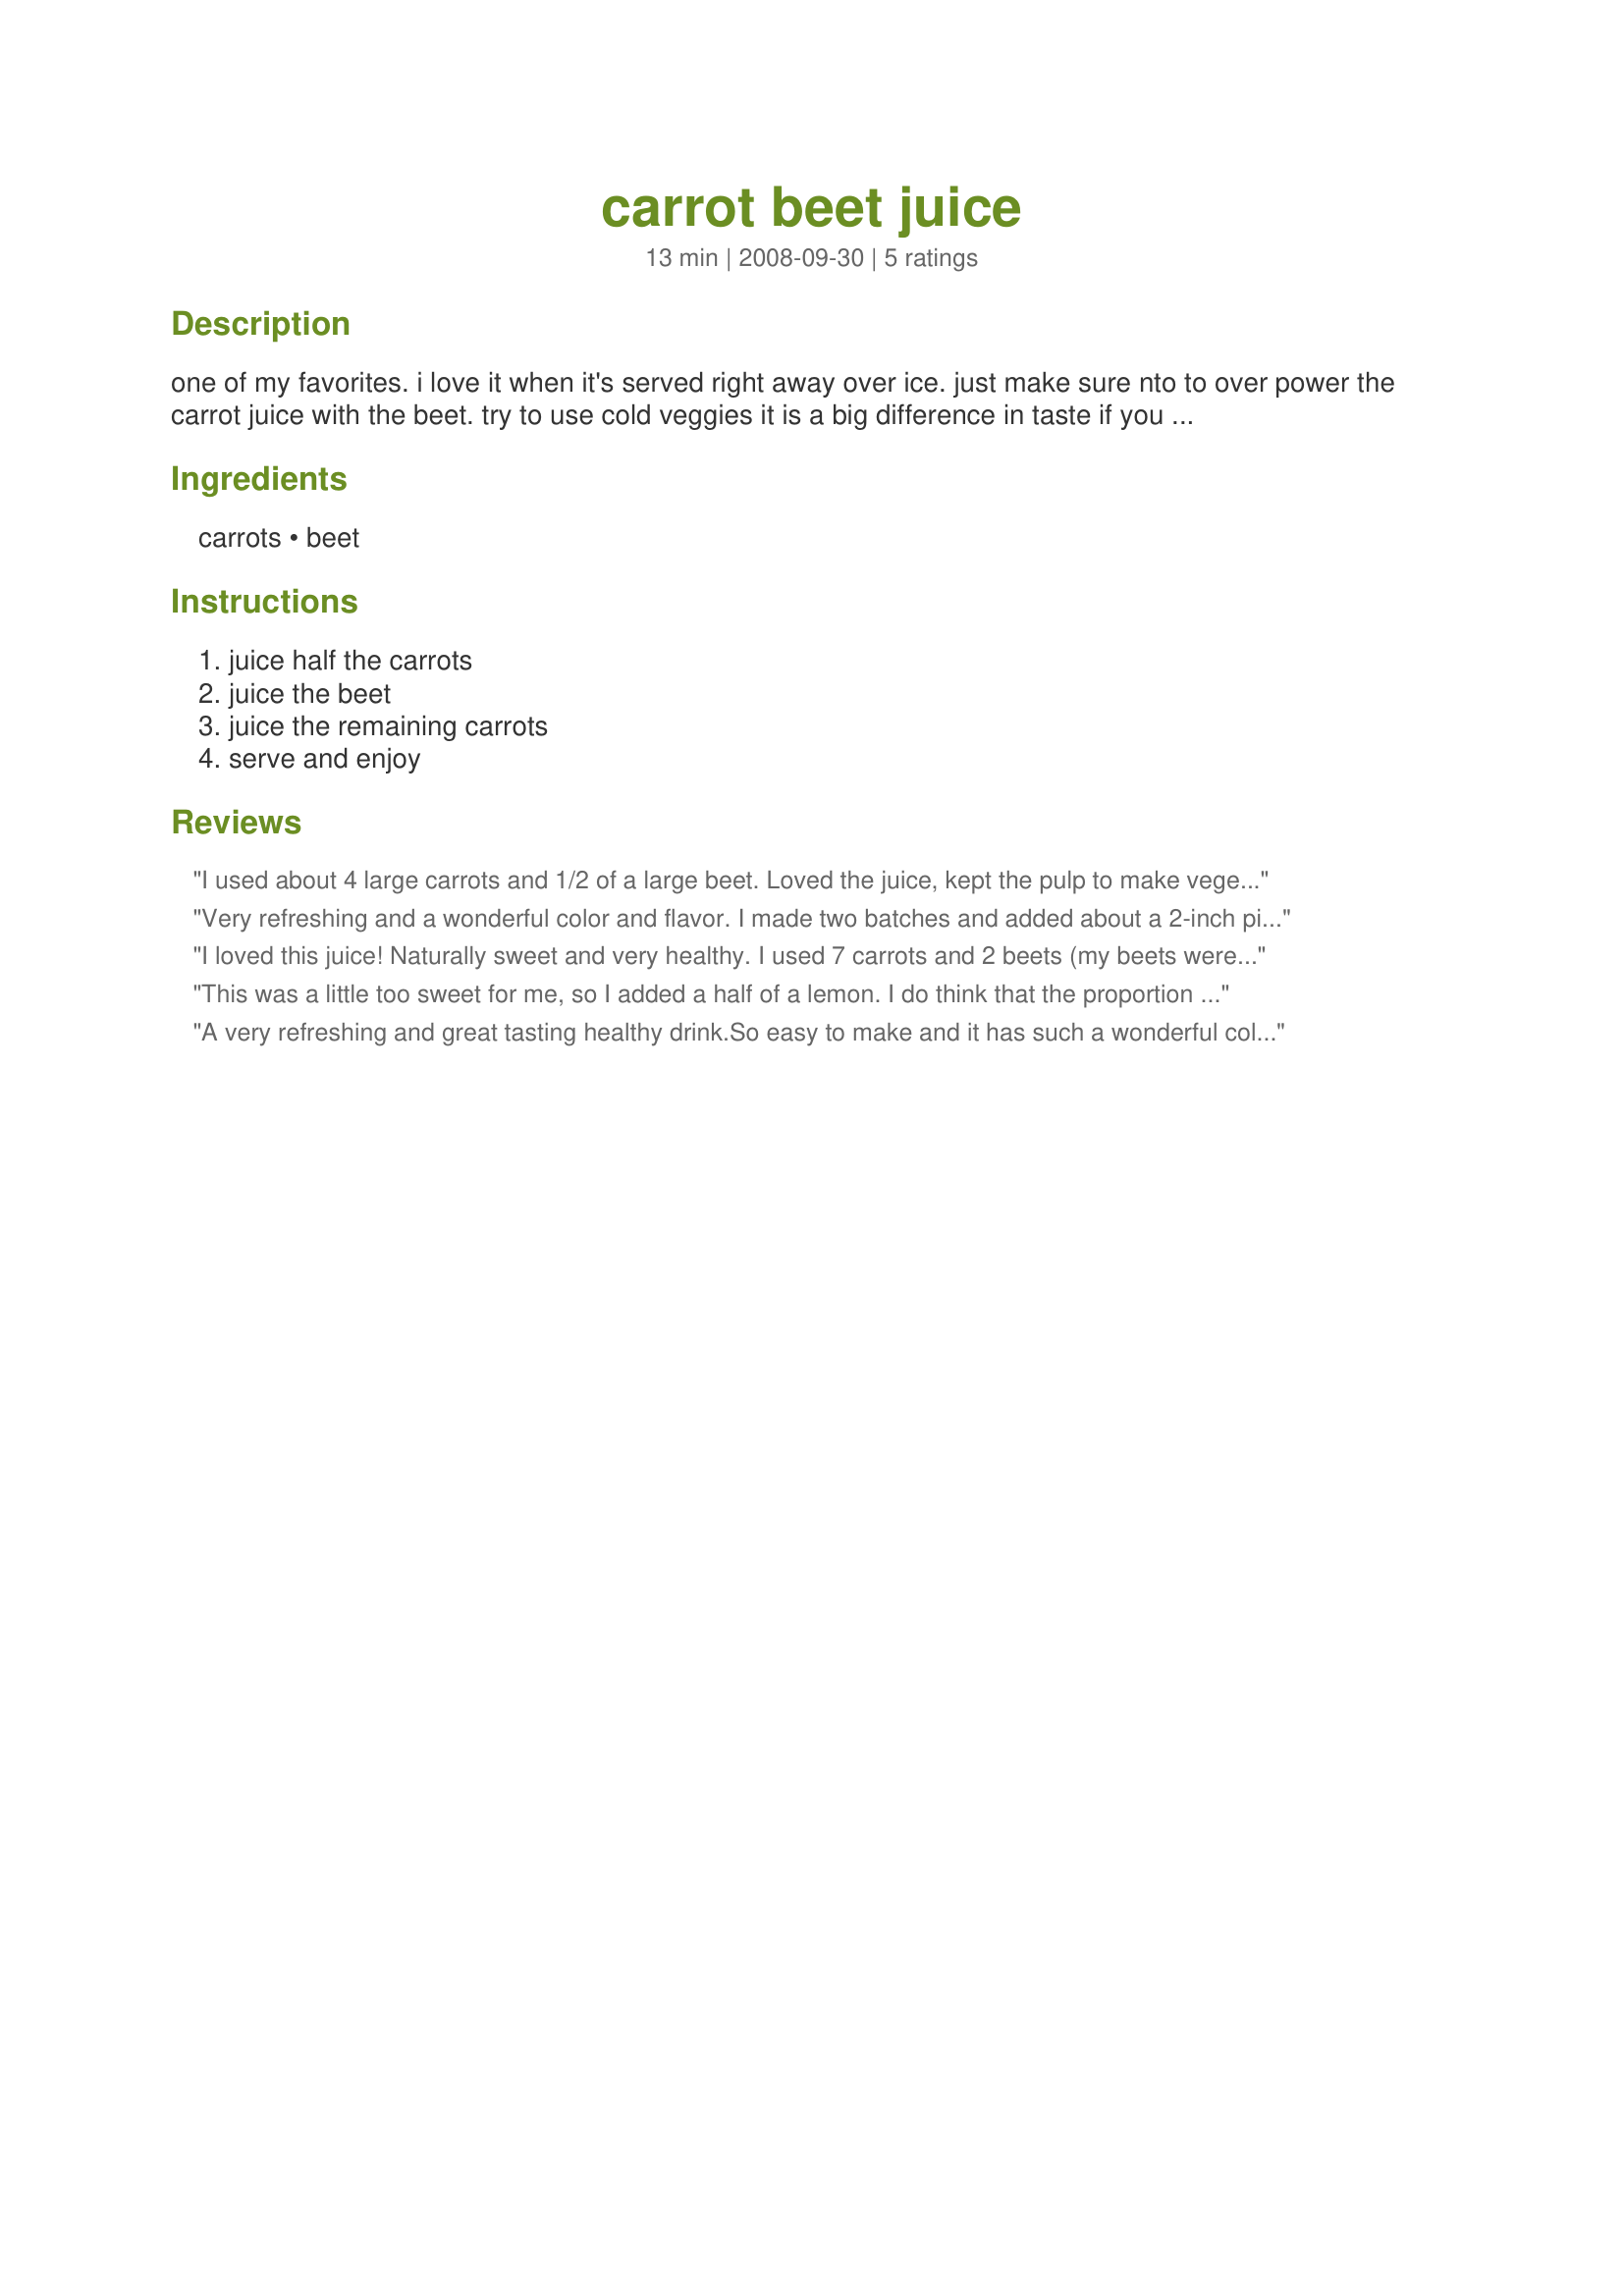
carrot beet juice
Preparation time: 13 minutes

one of my favorites. i love it when it's served right away over ice. just make sure nto to over power the carrot juice with the beet. try to use cold veggies it is a big difference in taste if you juice room temp veggies.

Ingredients:
carrots, beet

Steps:
juice half the carrots, juice the beet, juice the remaining carrots, serve and enjoy

Reviews:
I used about 4 large carrots and 1/2 of a large beet. Loved the juice, kept the pulp to make vegetable stock. Thanks! Made for the Think Pink event.
Very refreshing and a wonderful color and flavor. I made two batches and added about a 2-inch piece of gingerroot to the juicer the second batch. Gave it a little zing. Made for Spring 2009 PAC Orphanage.
I loved this juice! Naturally sweet and very healthy. I used 7 carrots and 2 beets (my beets were really small). I will make this juice often. Thanks for the idea! Made for Think Pink Tag.
This was a little too sweet for me, so I added a half of a lemon. I do think that the proportion of carrots to beets is correct- the earthy beet flavor is there but not overpowering.
A very refreshing and great tasting healthy drink.<br/>So easy to make and it has such a wonderful colour and falvour.
